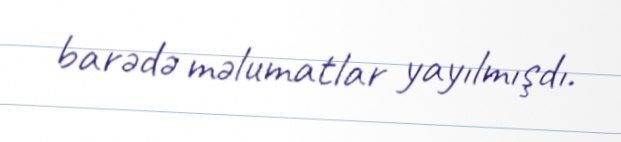
barədə məlumatlar yayılmışdı.